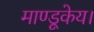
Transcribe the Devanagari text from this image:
माण्डूकेय।